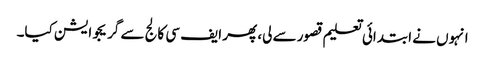
انہوں نے ابتدائی تعلیم قصور سے لی، پھر ایف سی کالج سے گریجوایشن کیا۔